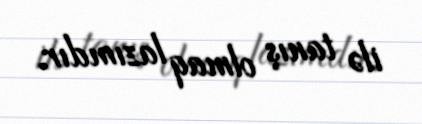
ilə tanış olmaq lazımdır.